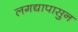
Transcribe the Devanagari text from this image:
लगद्यापासुन